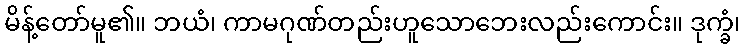
မိန့်တော်မူ၏။ ဘယံ၊ ကာမဂုဏ်တည်းဟူသောဘေးလည်းကောင်း။ ဒုက္ခံ၊